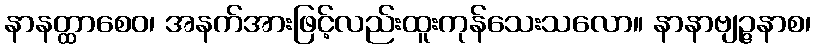
နာနတ္ထာစေဝ၊ အနက်အားဖြင့်လည်းထူးကုန်သေးသလော။ နာနာဗျဉ္ဇနာစ၊